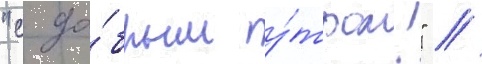
"с до́брым у́тром!" //